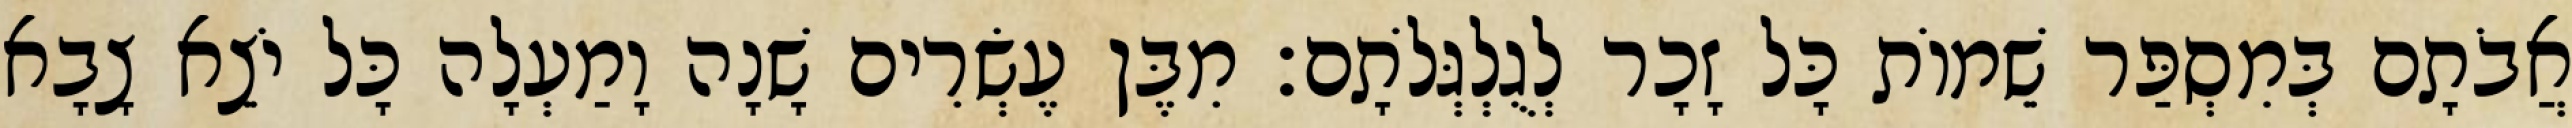
אֲבֹתָם בְּמִסְפַּר שֵׁמוֹת כָּל זָכָר לְגֻלְגְּלֹתָם׃ מִבֶּן עֶשְׂרִים שָׁנָה וָמַעְלָה כָּל יֹצֵא צָבָא